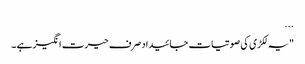
...
"یہ لکڑی کی صوتیات جائیداد صرف حیرت انگیز ہے ۔